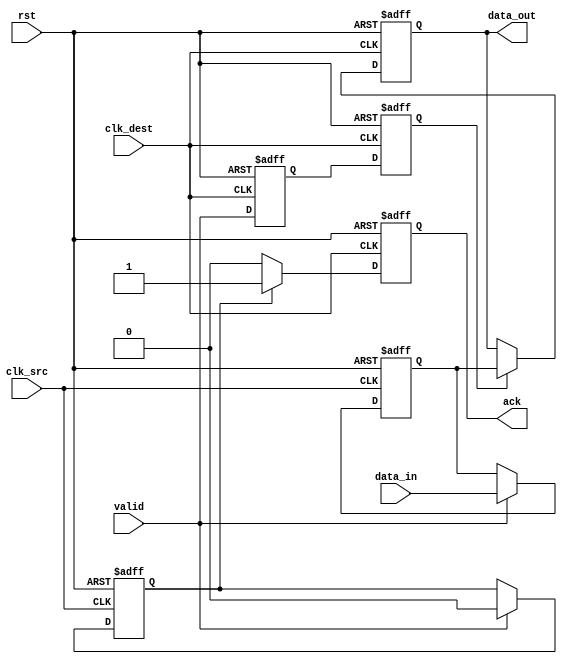
module handshake_synchronizer #(
    parameter DATA_WIDTH = 8  // Parameter for data width
)(
    input wire clk_src,        // Source clock
    input wire clk_dest,       // Destination clock
    input wire rst,            // Reset signal
    input wire [DATA_WIDTH-1:0] data_in, // Data input from source domain
    input wire valid,          // Valid signal for data
    output reg [DATA_WIDTH-1:0] data_out, // Synchronized data output
    output reg ack             // Acknowledgment signal from destination
);

    // Internal signals for synchronization
    reg valid_sync_1, valid_sync_2;  // Synchronizer for valid signal
    reg [DATA_WIDTH-1:0] data_buff;  // Buffer for incoming data
    reg ack_internal;                 // Internal acknowledgment signal

    // Synchronization of valid signal with dual flip-flop
    always @(posedge clk_dest or posedge rst) begin
        if (rst) begin
            valid_sync_1 <= 1'b0;
            valid_sync_2 <= 1'b0;
        end else begin
            valid_sync_1 <= valid; // Sample valid signal first
            valid_sync_2 <= valid_sync_1; // Second flip-flop for metastability reduction
        end
    end

    // Capture data and manage acknowledgment
    always @(posedge clk_src or posedge rst) begin
        if (rst) begin
            data_buff <= {DATA_WIDTH{1'b0}};
            ack_internal <= 1'b0;
        end else if (valid) begin
            data_buff <= data_in; // Store incoming data
            ack_internal <= 1'b0; // Reset internal acknowledgment
        end
    end

    // Output logic in the destination clock domain
    always @(posedge clk_dest or posedge rst) begin
        if (rst) begin
            data_out <= {DATA_WIDTH{1'b0}};
            ack <= 1'b0;
        end else begin
            if (valid_sync_2) begin
                data_out <= data_buff; // Update data_out on valid sync
            end
            
            if (ack_internal) begin
                ack <= 1'b1; // Set acknowledgment
            end else begin
                ack <= 1'b0; // Clear acknowledgment
            end
            
            // Logic to produce internal ack based on conditions if required
            if (ack_internal) begin
                // Logic to manage acknowledgment signal, to be defined as per design requirements
                // Can be based on additional flags or conditions
            end
        end
    end

endmodule